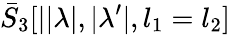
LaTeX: \bar{S}_{3}[||\lambda|,|\lambda^{\prime}|,l_{1}=l_{2}]